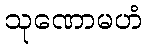
သုဏောမဟံ